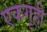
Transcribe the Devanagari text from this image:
एकगृही